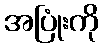
အပြုံးကို